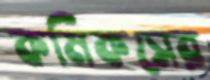
কমিকসের